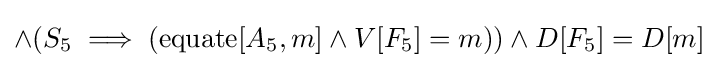
\land (S_{5}\implies (\operatorname {equate} [A_{5},m]\land V[F_{5}]=m))\land D[F_{5}]=D[m]